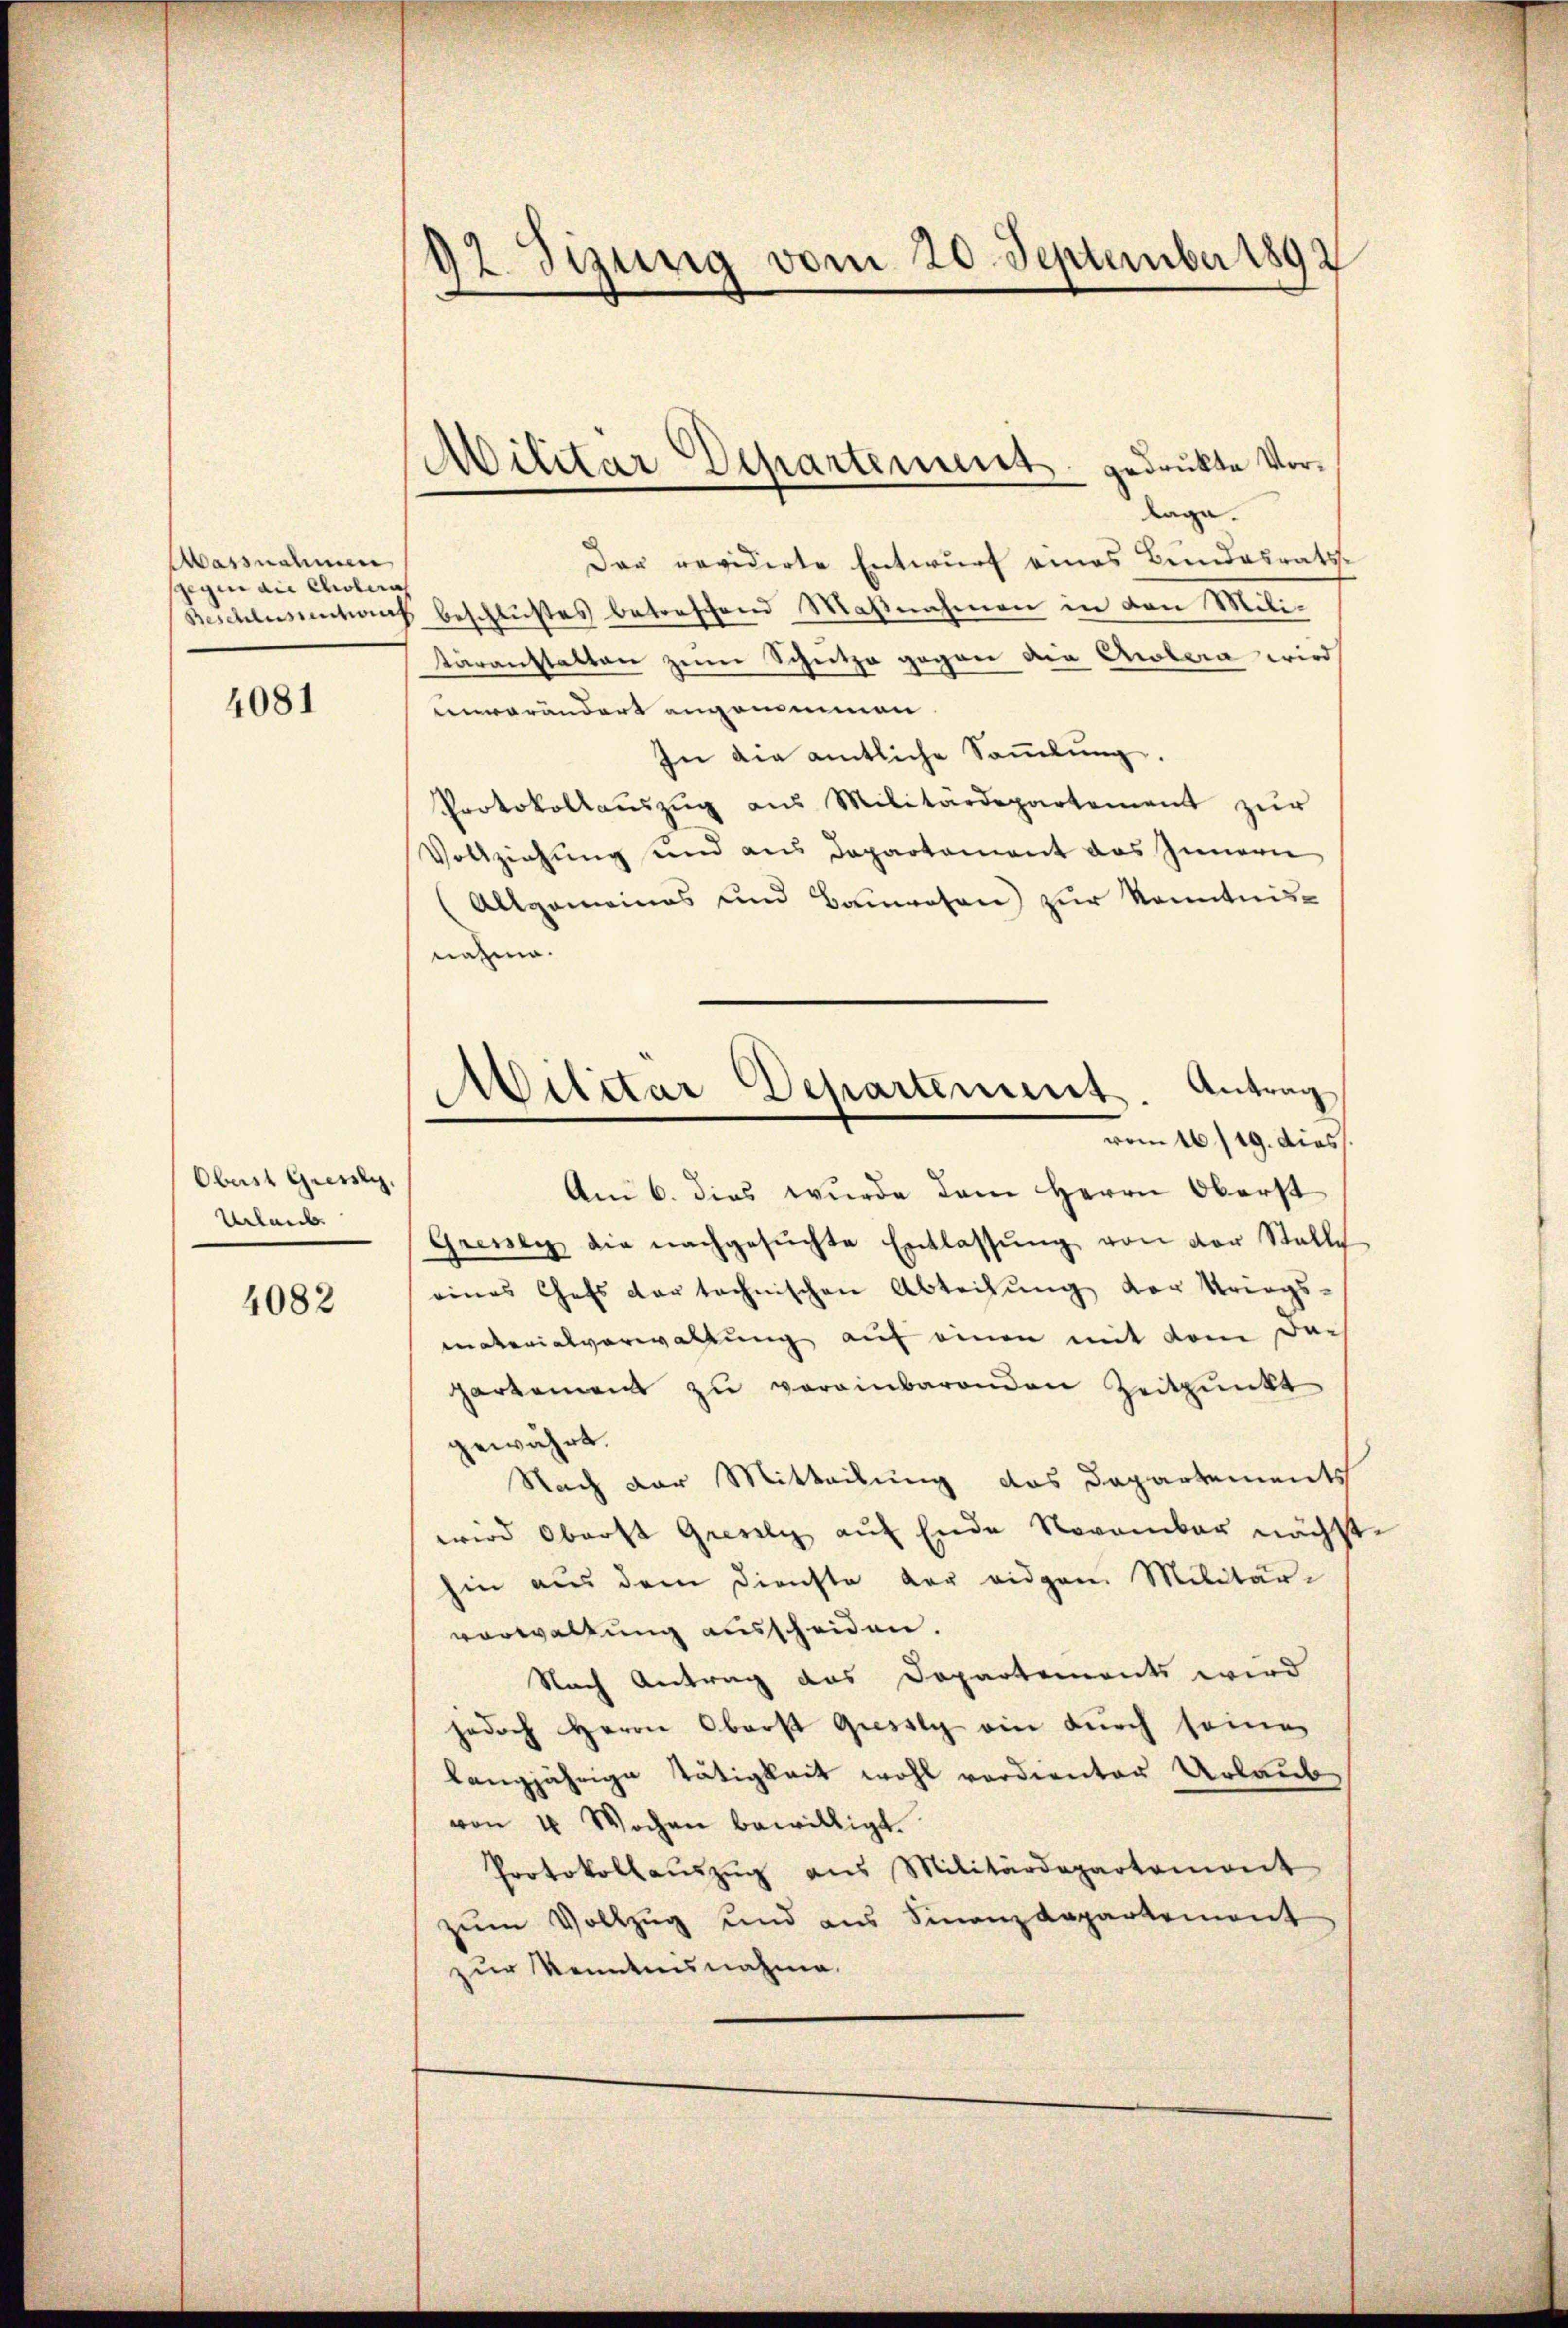
Massnahmen
sgegen an Cholera

4081

Oberst Giessly,
Urlaub

4082

92. Sizung vom 20. September 1892

Militar Departement gedrukte Vorlage.

Der revidirte Entwurf eines Bundesrats-
Beschlussentars beschlußes betreffend Maßnahmen in den Militäranstalten zum Schutze gegen die Crolera wird
unverändert angenommen.
In die amtliche Sammlung.
Protokollauszug aus Militärdepartement zur
Vollziehung und aus Departement das Innern
(Allgemeines und Bauwesen) zur Kenntnis-
nahme.
Antrag
vom 16./19. dies
Am 6. dies wurde dem Herrn Oberst
Grenen die nachgesŭchte Entlassŭng von der Stalle
eines Chefs der technischen Abteilung der Kriegs-
materialverwaltung auf einen mit dem Dach
partement zu vereinbarenden Zeitpunkt
gewährt.
Nach der Mitteilung das Departements
wird Oberst Grevely auf Ende November nächste
hin aus dem Dienste der eidgen Militär-
verwaltung ausscheiden.
Nach Antrag des Departements wird
jedoch Herrn Oberst Giessly ein durch seine
langjährige Tätigkeit wohl verdienter Urlaub
von 4 Wochen bewilligt.
Protokollaŭszŭg aŭs Militärdepartemont
zum Vollzug und aus Finanzdepartement
zur Kenntnisnahme.

Militar Departement.